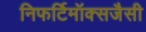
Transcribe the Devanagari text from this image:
निफर्टिमॉक्सजैसी